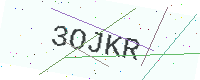
Text: 3OJKR